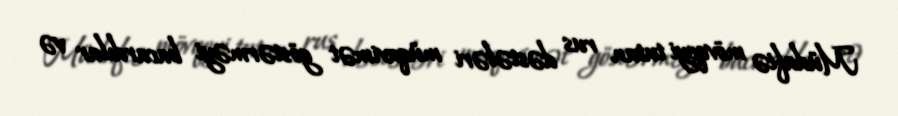
Müdafiə mövqeyi tutan rus dəstələri müqavimət göstərməyi bacardılar və